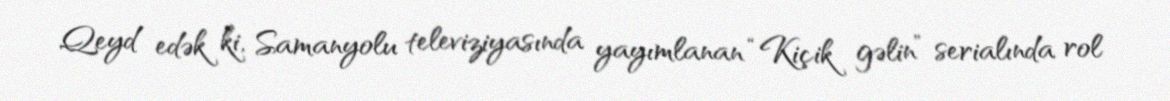
Qeyd edək ki, Samanyolu televiziyasında yayımlanan “Kiçik gəlin” serialında rol